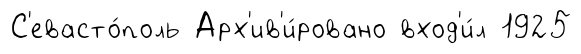
С'евасто́поль Арх'ив'и́ровано вход'и́л 1925